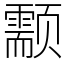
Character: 颥